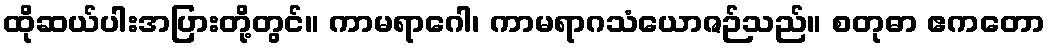
ထိုဆယ်ပါးအပြားတို့တွင်။ ကာမရာဂေါ၊ ကာမရာဂသံယောဇဉ်သည်။ စတုဓာ ဧကတော